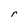
Character: r